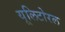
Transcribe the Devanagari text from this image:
यूलिटोरल